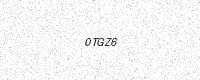
Text: 0TGZ6